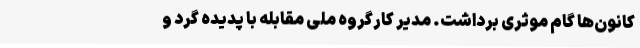
کانون‌ها گام موثری برداشت. مدیر کارگروه ملی مقابله با پدیده گرد و